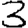
Digit: 3